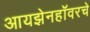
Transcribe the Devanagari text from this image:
आयझेनहॉवरचे